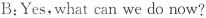
B:Yes,what can we do now?